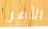
الأمر